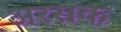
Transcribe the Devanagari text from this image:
अरसक